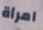
امرأة